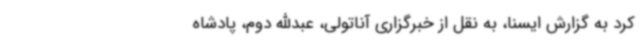
کرد به گزارش ایسنا، به نقل از خبرگزاری آناتولی، عبدالله دوم، پادشاه